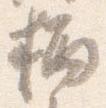
柄